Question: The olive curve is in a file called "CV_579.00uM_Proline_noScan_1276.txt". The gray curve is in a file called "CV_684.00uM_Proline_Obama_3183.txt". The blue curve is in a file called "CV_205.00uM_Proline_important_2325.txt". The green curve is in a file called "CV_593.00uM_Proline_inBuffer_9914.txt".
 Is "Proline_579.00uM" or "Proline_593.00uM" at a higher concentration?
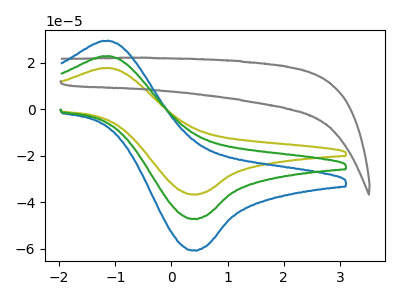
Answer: <think>The olive curve "Proline_579.00uM" has an anodic peak at (-1.10V, 17.80uA) and a cathodic peak at (0.40V, -36.55uA). The gray curve "Proline_684.00uM" has no peaks. The blue curve "Proline_205.00uM" has an anodic peak at (-1.10V, 45.80uA) and a cathodic peak at (0.40V, -94.15uA). The green curve "Proline_593.00uM" has an anodic peak at (-1.10V, 22.90uA) and a cathodic peak at (0.40V, -47.10uA).
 All the peaks in "Proline_579.00uM" have a peak in "Proline_593.00uM" at the same potential. Every peak in "Proline_579.00uM" is lower than every peak in "Proline_593.00uM".</think>
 <answer>"Proline_579.00uM" has less signal than "Proline_593.00uM" and so likely has a lower concentration.</answer>
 <eval>less_concentration</eval>